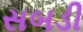
સબડી